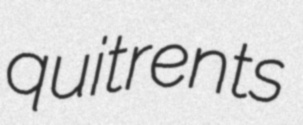
quitrents